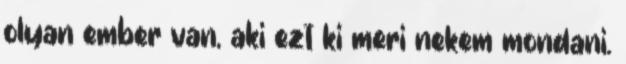
olyan ember van, aki ezt ki meri nekem mondani.